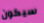
سيكون